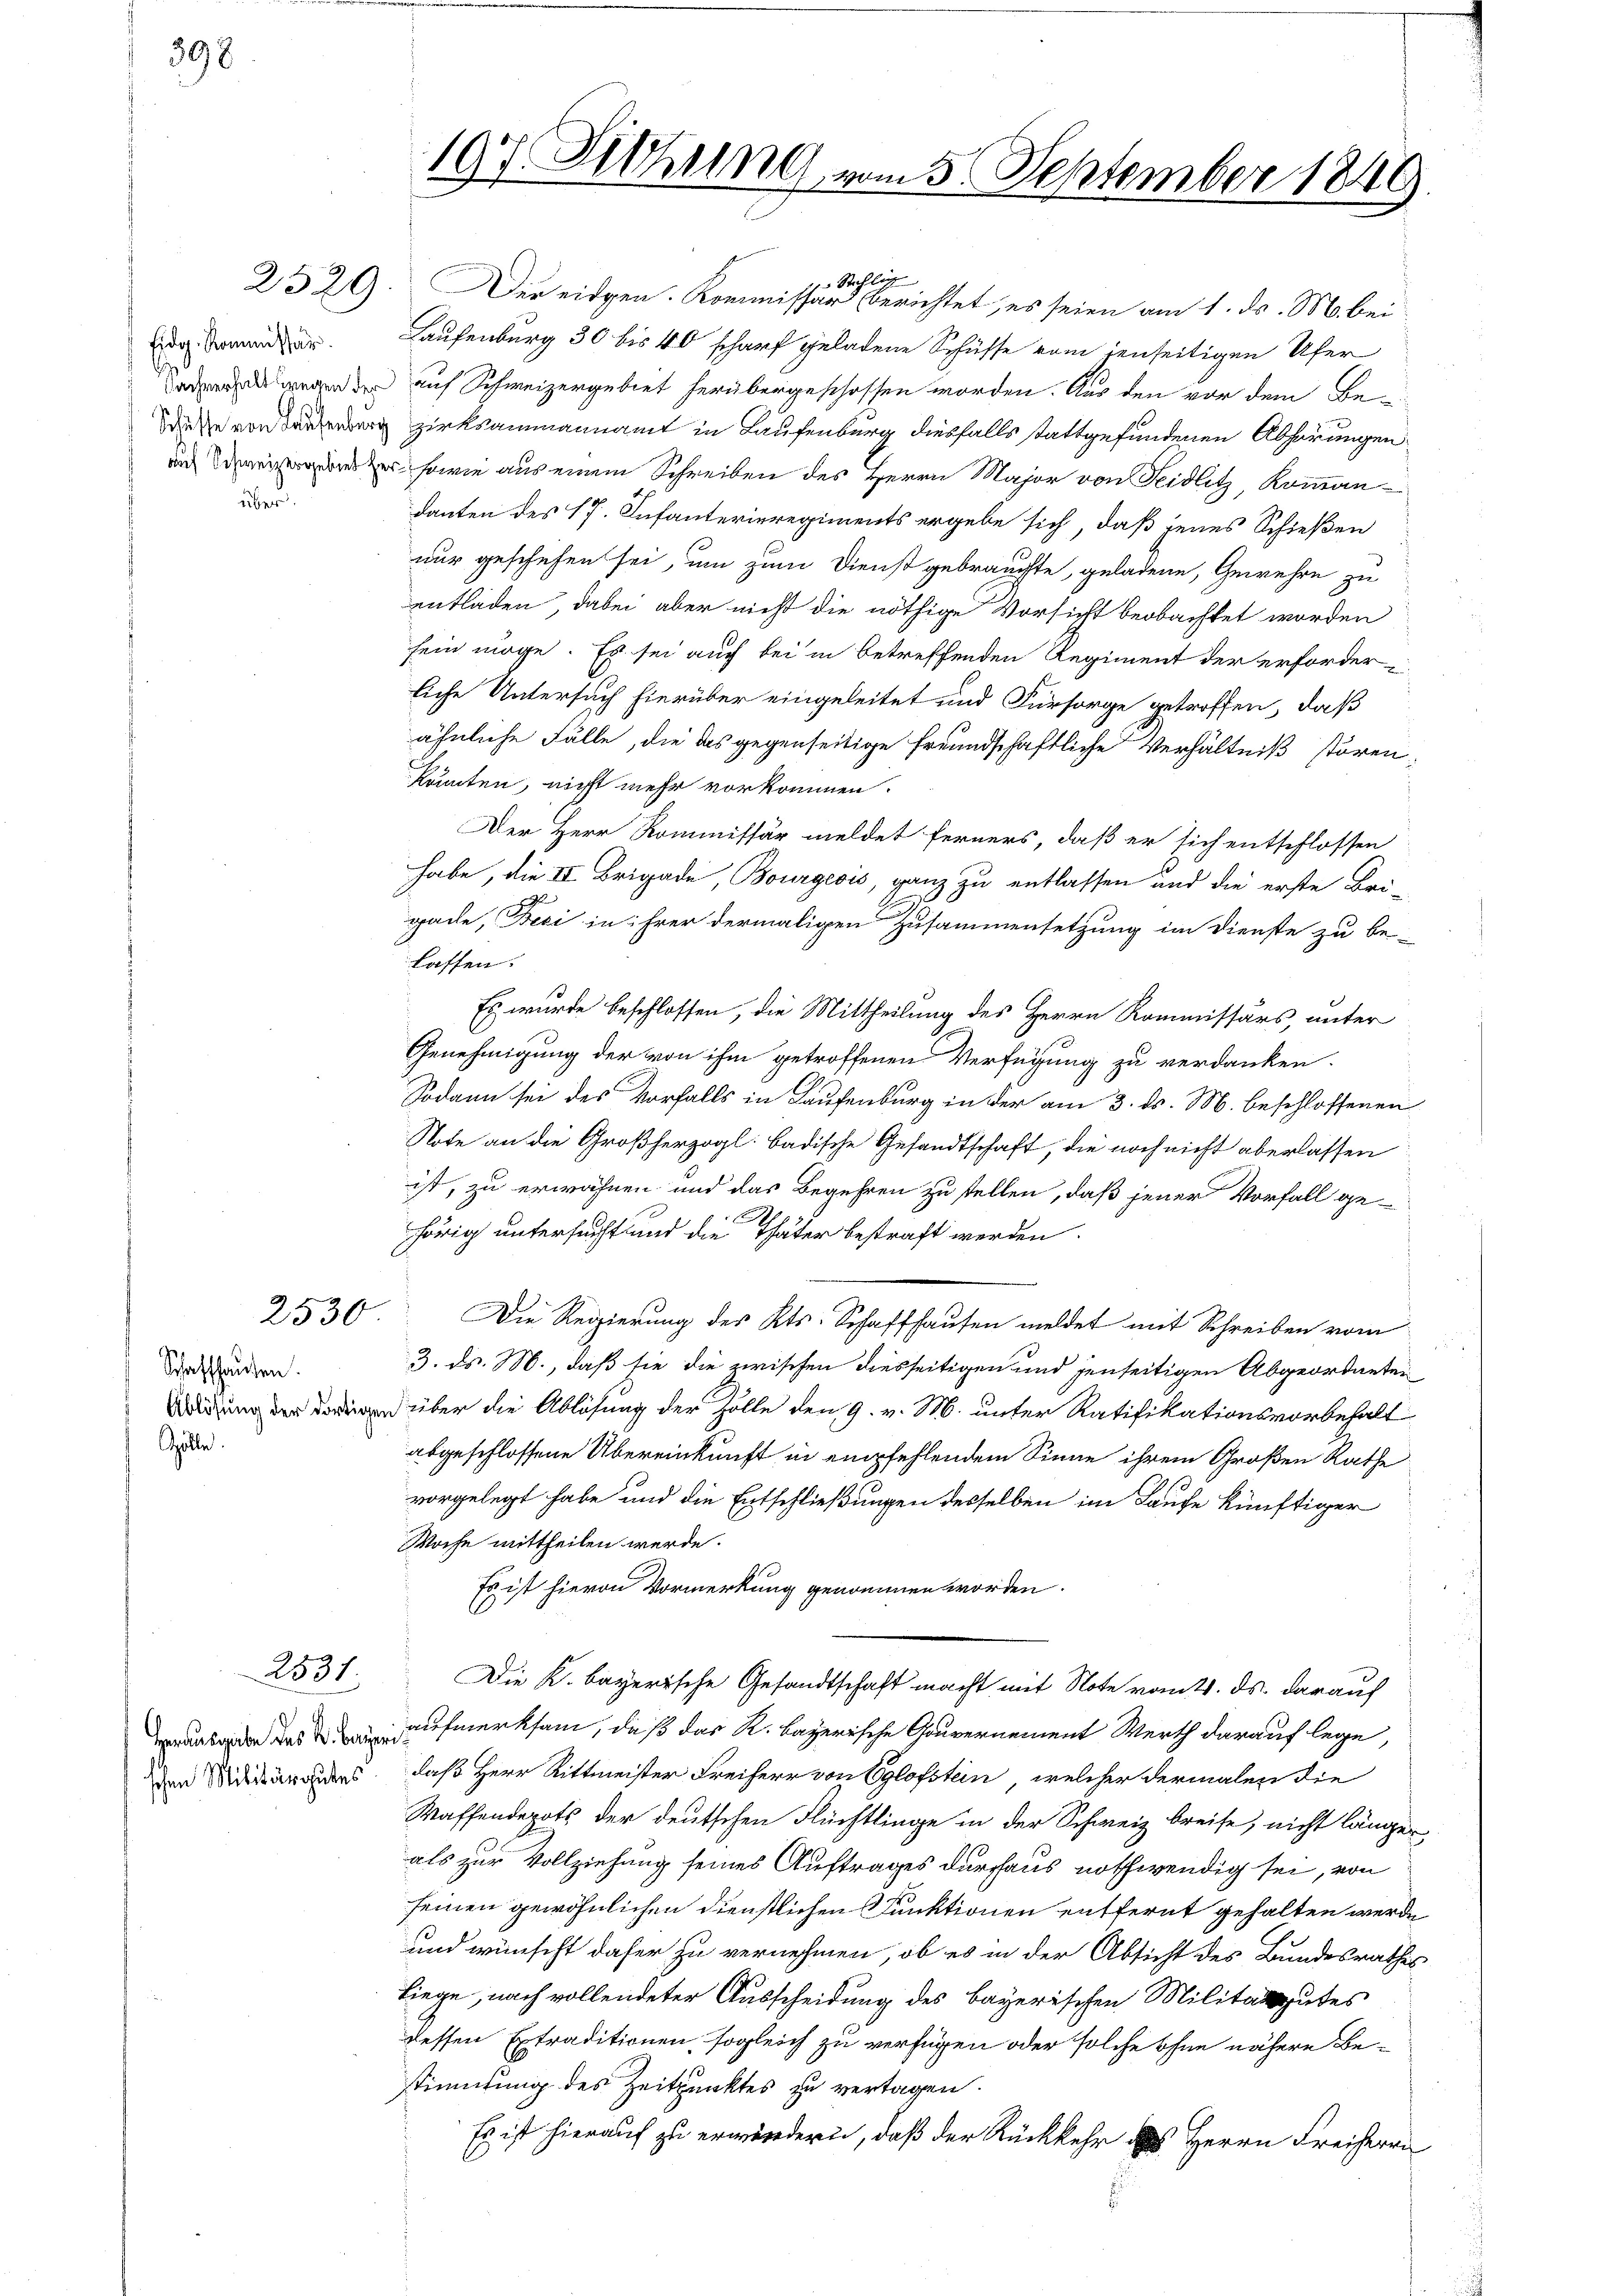
398

Eidg. Kommissär
über

Schaffhausen.
Spälle.

2531.

1/ Stehlig
252. Der eidgen. Kommissar berichtet, es seien am 1. ds. M. bei
Laufenburg 30 bis 40 scharf geladene Schüsse vom denseitigen Ufer
ad wegen der auf Schweizergebiet herübergeschossen worden. Aus den vor dem Be¬
Diese von zirksammannamt in Laufenburg diesfalls stattgefundenen Abhörungen
und er sowie aus einem Schreiben des Herrn Major von Feidlitz, Kommandanten des 17. Infanterieregiments ergebe sich, daß jenes Schießen
nur geschehen sei, um zum Dienst gebrauchte, geladene, Gewehre zu
entladen, dabei aber nicht die nöthige Vorsicht beobachtet worden
sein möge. Es sei auch bei in betreffenden Regiment der erforderliche Untersuch hierüber eingeleitet und Fürsorge getroffen, daß
ähnliche Fälle, die das gegenseitige freundschaftliche Verhältniß störenkönnten, nicht mehr vorkommen.
Der Herr Kommissär meldet ferners, daß er sich entschlossen
habe, die II Brigade, Bourgeois, ganz zu entlassen und die erste Bri-
gade, Beci in ihrer dermaligen Zusammensetzung im Dienste zu be-
laffen.
Es wurde beschlossen, die Mittheilung des Herrn Kommissärs, unter
Genehmigung der von ihm getroffenen Verfügung zu verdanken.
Sodann sei des Vorfalls in Laufenburg in der am 3. ds. M. beschlossenen
Note an die Großherzogl. badische Gesandtschaft, die noch nicht aberlassen
ist, zu erwähnen und das Begehren zu stellen, daß jener Vorfall ge-
A
hörig untersucht und die Thäter bestraft werden.
2530 Die Regierung des Kts. Schaffhausen meldet mit Schreiben vom
3. ds. M., daß sie die zwischen diesseitigen und jenseitigen Abgeordneten
 über die Ablösung der Zolle den 9. v. M. unter Ratifikationsvorbehalt
abgeschlossene Übereinkunft in empfehlendem Sinne ihrem Großen Rathe
vorgelegt habe und die Entschließungen desselben im Laufe künftiger
Woche mittheilen werde.
Es ist hievon Vormerkung genommen worden.
Die K. bayerische Gesandtschaft macht mit Note vom 21. ds. darauf
aabe des aufmerksam, daß das R. bayerische Gouvernement Werth darauf lege,
en Meistandes, daß Herr Rittmeister Freiherr von Eglofstein, welcher dermalen die
Waffendepots der deutschen Flüchtlinge in der Schweiz breise, nicht länger,
als zur Vollziehung seines Auftrages durchaus nothwendig sei, von
seinen gewöhnlichen Dienstlichen Punktionen entfernt gehalten werde
und wünscht daher zu vernehmen, ob es in der Absicht des Bundesrathes
Liege, nach vollendeter Ausscheidung des bayerischen Militargutes
dessen Extraditionen sogleich zu verfügen oder solche ohne nähere Bestimmung des Zeitpunktes zu vertagen.
Es ist hierauf zu erwindern, daß der Rückkehr des Herrn Freiherrn

197. Sechung vom 5. September 1849